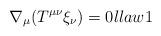
LaTeX: \begin{align*}\nabla_\mu (T^{\mu\nu} \xi_\nu )=0\l{law1}\end{align*}